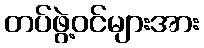
တပ်ဖွဲ့ဝင်များအား